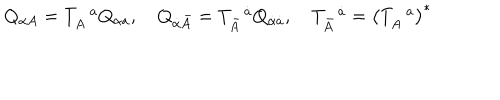
LaTeX: Q _ { \alpha A } = T _ { A } ^ { \, \, \, \, a } Q _ { \alpha a } , \quad Q _ { \dot { \alpha } \bar { A } } = T _ { \bar { A } } ^ { \, \, \, \, \dot { a } } Q _ { \dot { \alpha } \dot { a } } , \quad T _ { \bar { A } } ^ { \, \, \, \, \dot { a } } = \left( T _ { A } ^ { \, \, \, \, a } \right) ^ { * }